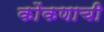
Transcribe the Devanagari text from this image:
कोंकणाची